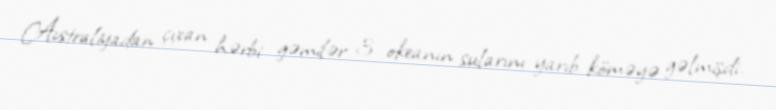
Avstraliyadan çıxan hərbi gəmilər 3 okeanın sularını yarıb köməyə gəlmişdi.